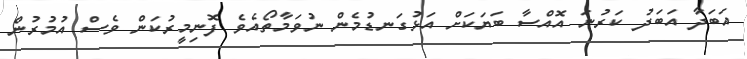
އަބަދާ އަބަދު ކަރުނަ އޮއްސާ ބަޔަކަށް އަޅުގަނޑުމެން ނުވަމާތޯއެވެ ފޮނިމީރުކަން ވެސް އުމުރުން